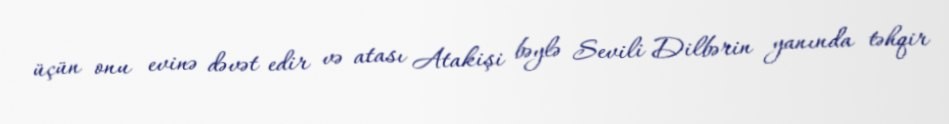
üçün onu evinə dəvət edir və atası Atakişi bəylə Sevili Dilbərin yanında təhqir